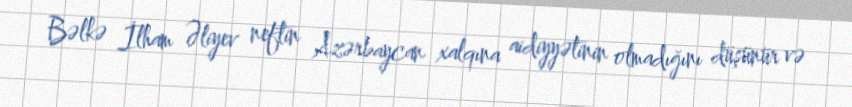
Bəlkə İlham Əliyev neftin Azərbaycan xalqına aidiyyətinin olmadığını düşünür və